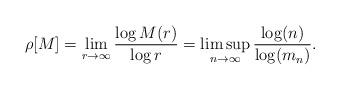
LaTeX: \begin{align*}\rho[M]=\lim_{r\to\infty}\frac{\log M(r)}{\log r}=\limsup_{n\to\infty}\frac{\log(n)}{\log(m_{n})}.\end{align*}